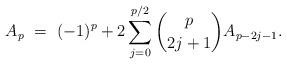
LaTeX: \begin{align*} A_{p} \ = \ (-1)^p + 2\sum_{j=0}^{p/2} \binom{p}{2j+1} A_{p-2j-1}. \end{align*}